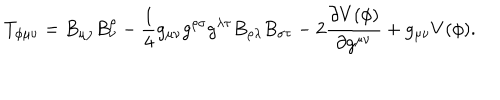
LaTeX: T _ { \phi \mu \nu } = B _ { \mu \rho } B _ { \nu } ^ { \rho } - \frac { 1 } { 4 } g _ { \mu \nu } g ^ { \rho \sigma } g ^ { \lambda \tau } B _ { \rho \lambda } B _ { \sigma \tau } - 2 \frac { \partial V ( \phi ) } { \partial g ^ { \mu \nu } } + g _ { \mu \nu } V ( \phi ) .